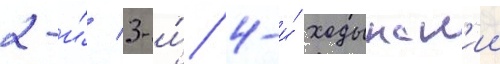
2-и́/ 3-и́/ 4-и́ ходынск'ии